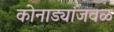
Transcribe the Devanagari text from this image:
कोनाड्यांजवळ